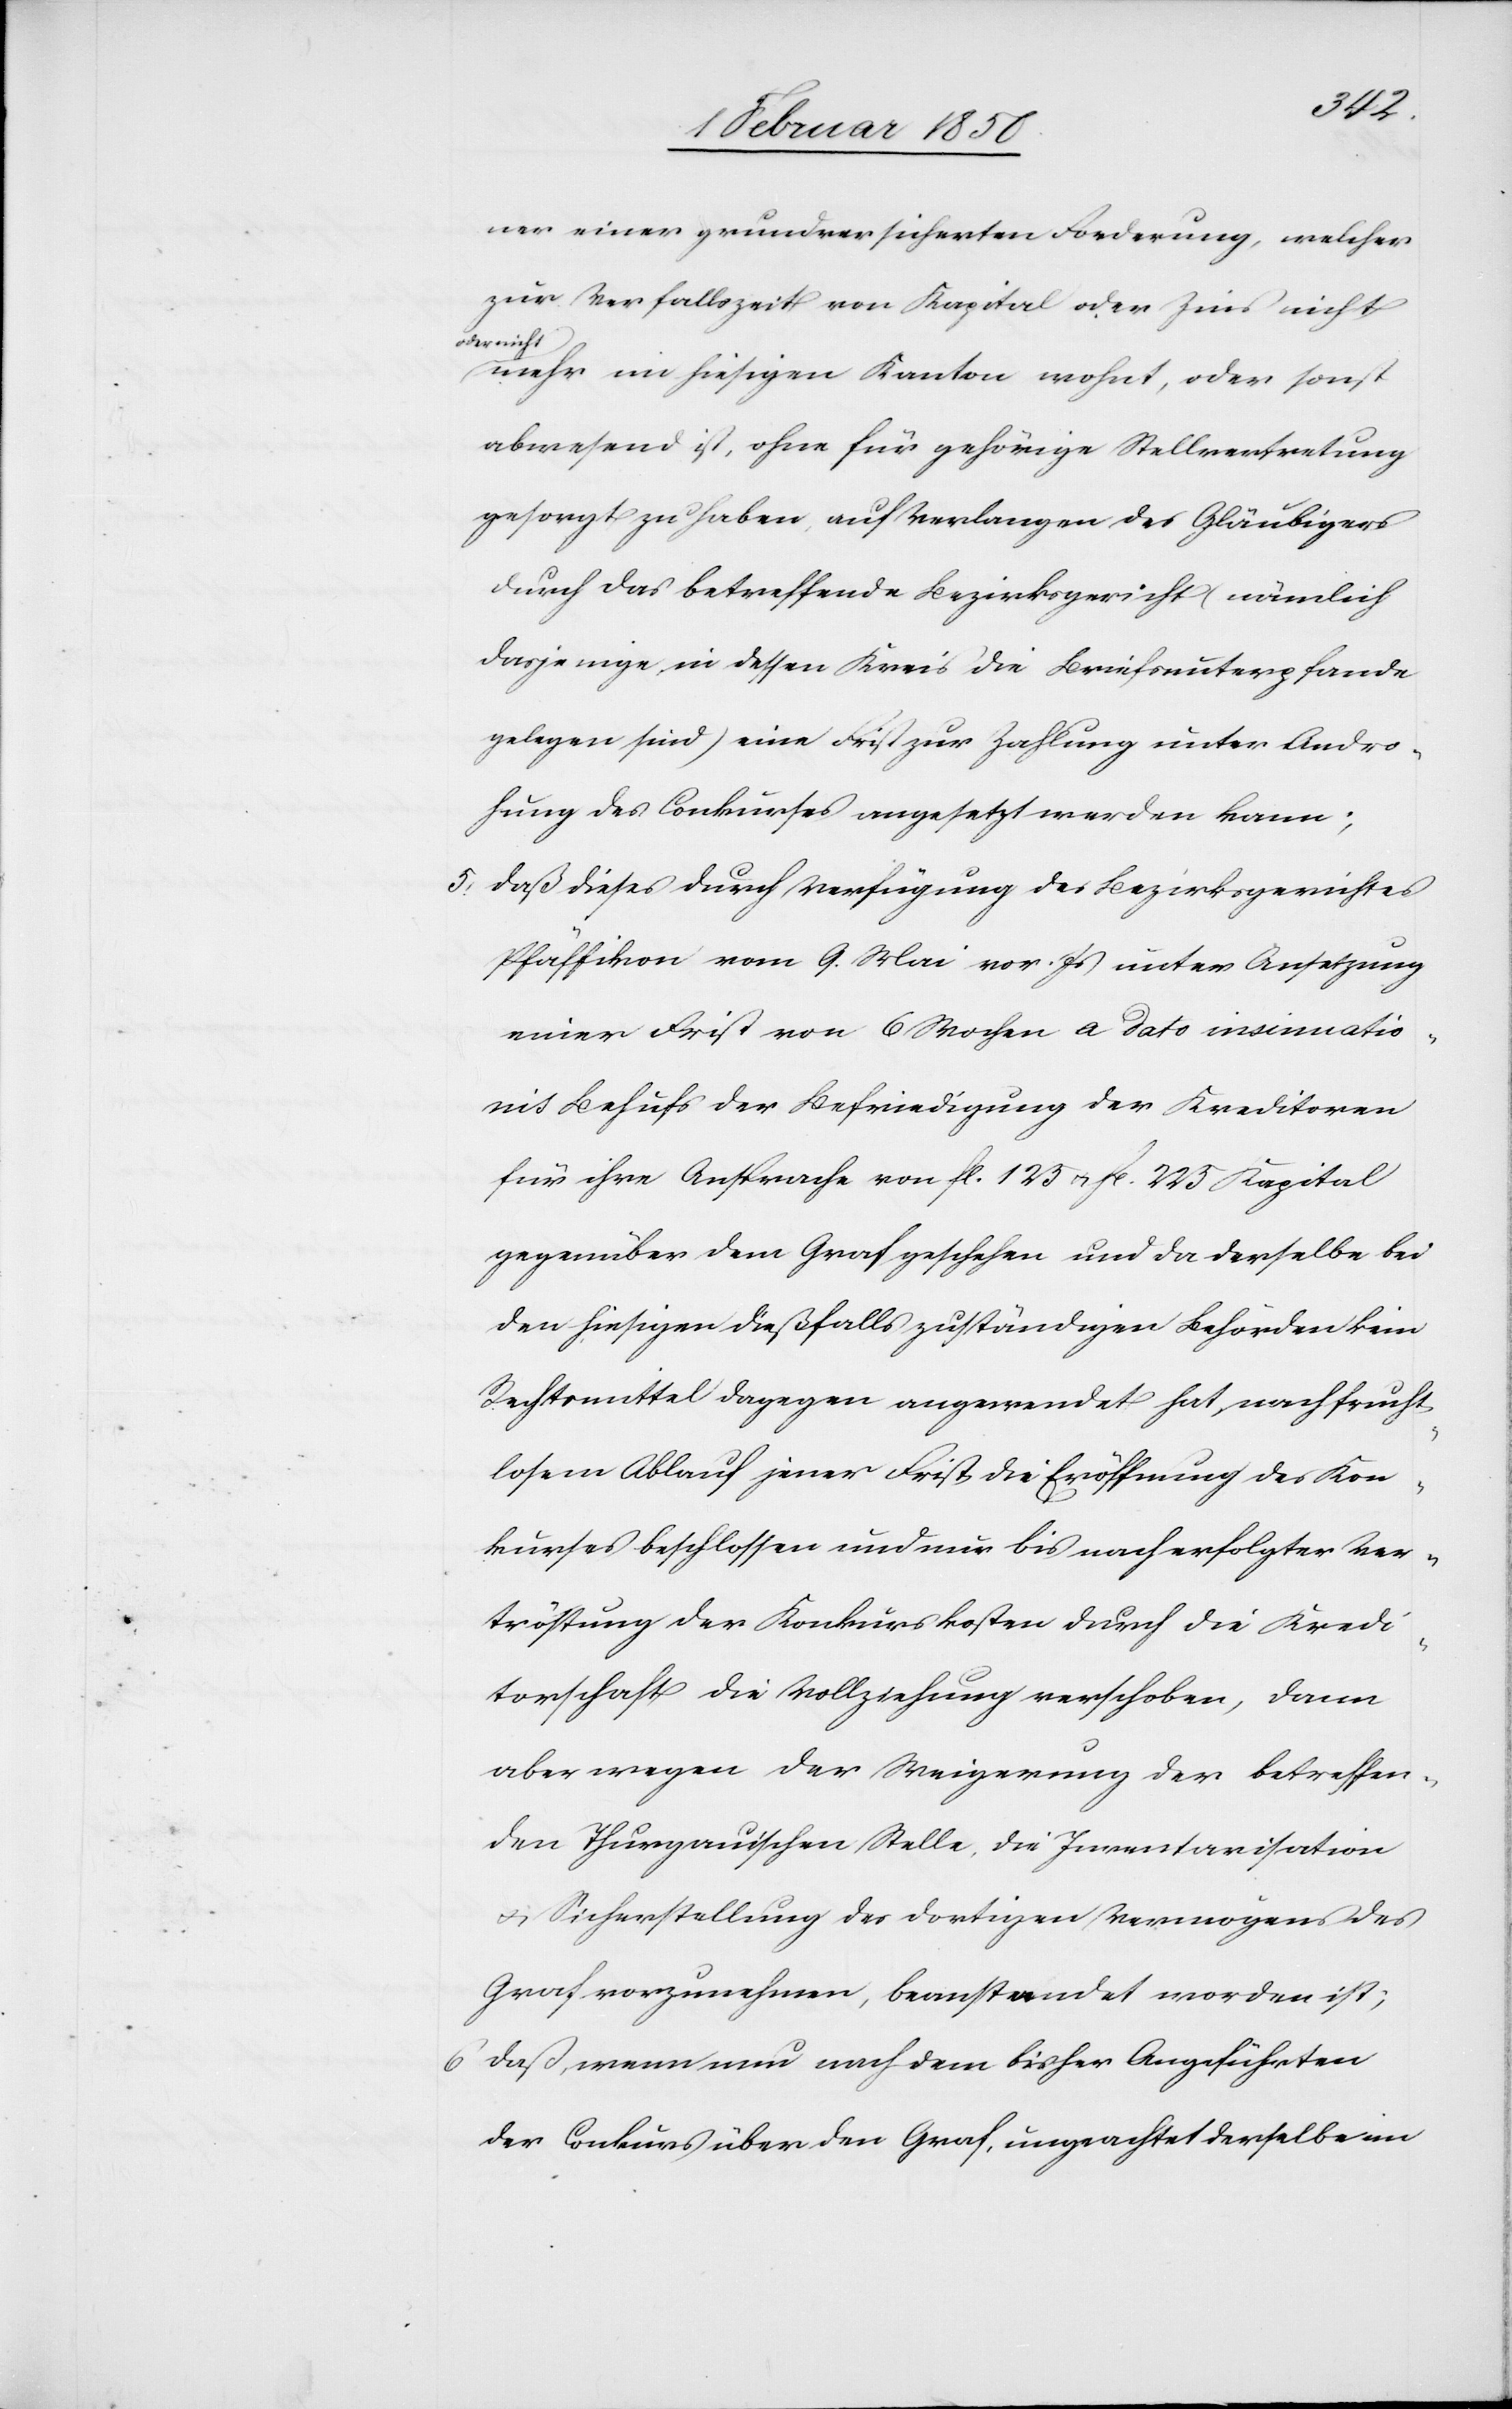
ner einer grundversicherten Forderung, welcher
zur Verfallszeit von Kapital oder Zins nicht
oder nicht
mehr im hiesigen Kanton wohnt, oder sonst
abwesend ist, ohne für gehörige Stellvertretung
gesorgt zu haben, auf Verlangen des Gläubigers
durch das betreffende Bezirksgericht (nämlich
dasjenige, in dessen Kreis die Briefsunterpfande
gelegen sind) eine Frist zur Zahlung unter Andro¬
hung des Conkurses angesetzt werden kann;
5. daß dieses durch Verfügung des Bezirksgerichtes
Pfäffikon vom 9. Mai vor. Js unter Ansetzung
einer Frist von 6 Wochen a dato insinuatio¬
nis Behufs der Befriedigung der Kreditoren
für ihre Ansprache von fl. 125 u. fl. 225 Kapital
gegenüber dem Graf geschehen und da derselbe bei
den hiesigen dießfalls zuständigen Behörden kein
Rechtsmittel dagegen angewendet hat, nach frucht¬
losem Ablauf jener Frist die Eröffnung des Kon¬
kurses beschlossen und nur bis nach erfolgter Ver¬
tröstung der Konkurskosten durch die Kredi¬
torschaft die Vollziehung verschoben, dann
aber wegen der Weigerung der betreffen¬
den Thurgauischen Stelle, die Inventarisation
u. Sicherstellung des dortigen Vermögens des
Graf vorzunehmen, beanstandet worden ist;
6. daß, wenn nach dem bisher Angeführten
der Conkurs über den Graf, ungeachtet derselbe im